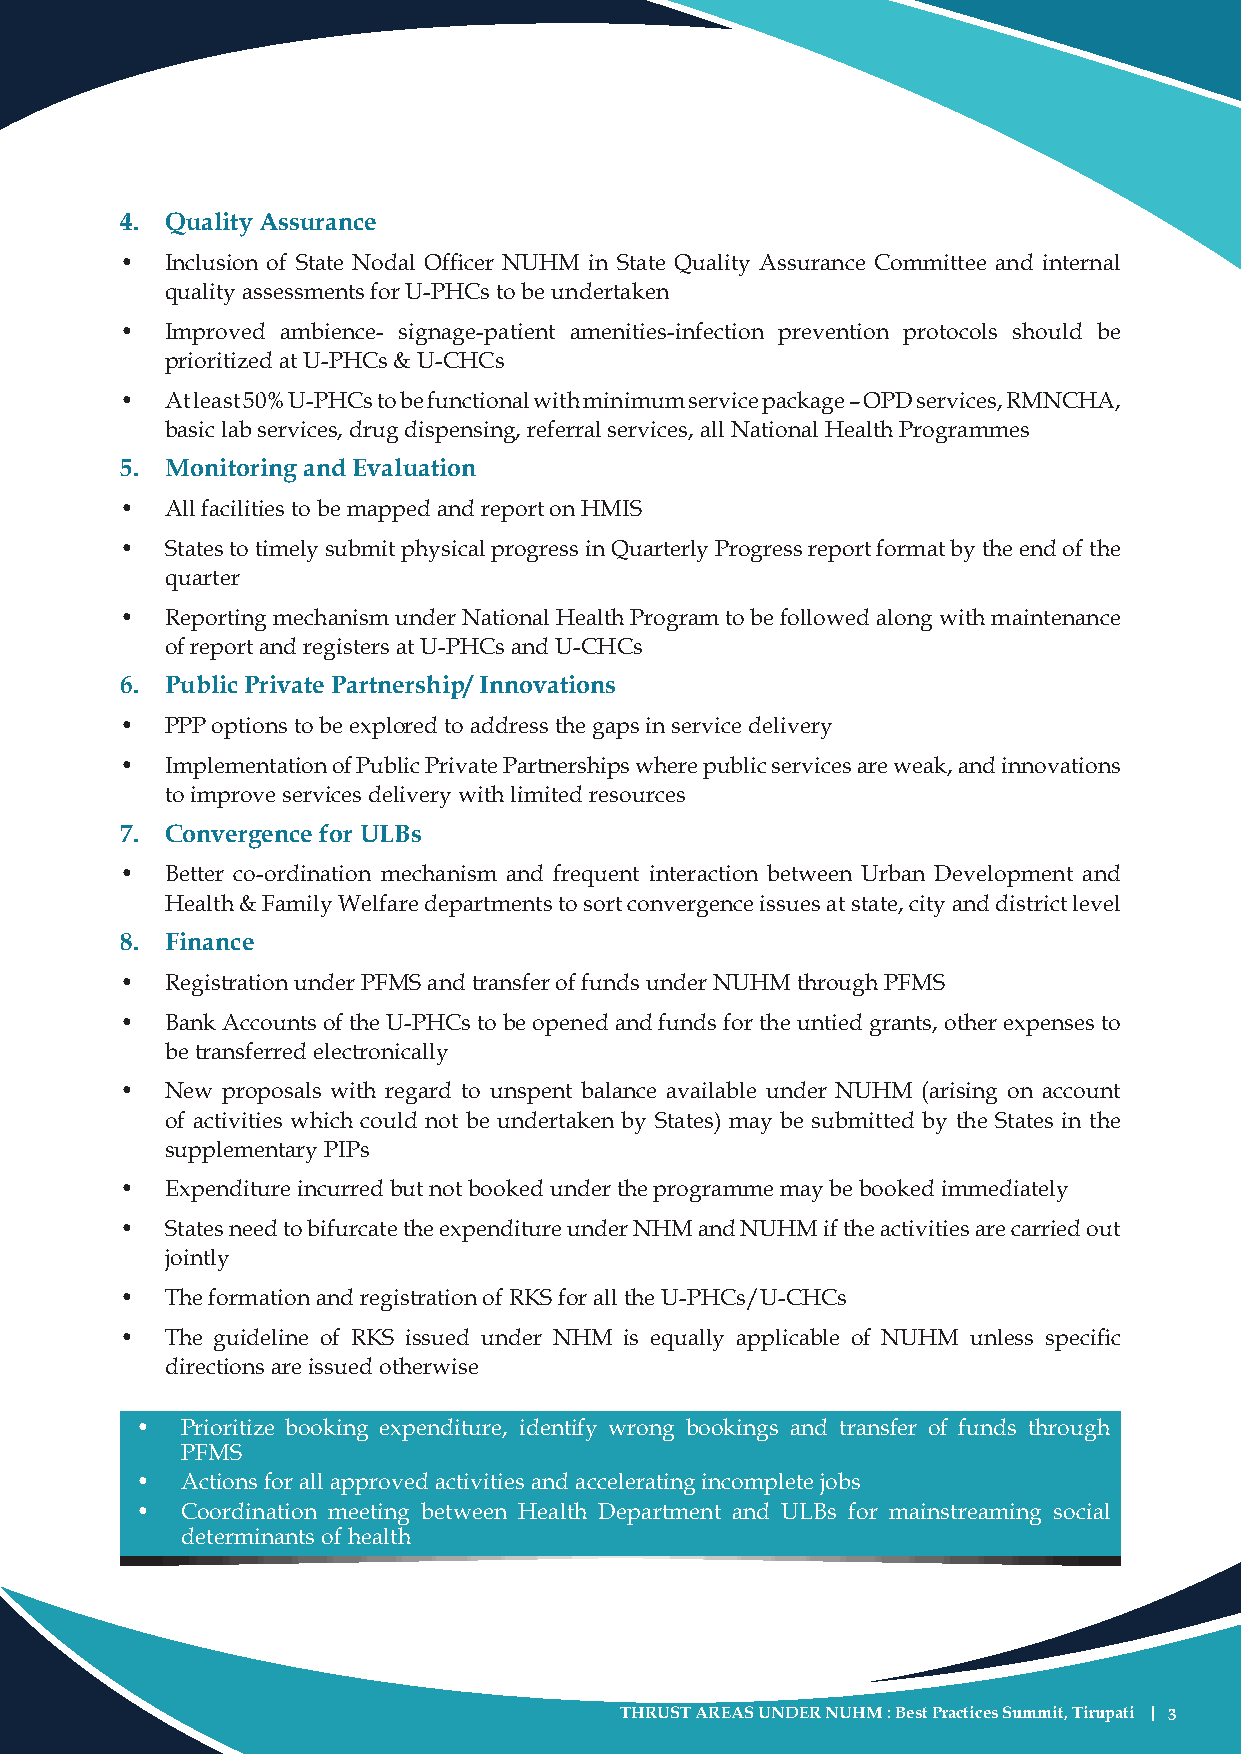
4. Quality Assurance
 •  Inclusion of State Nodal Officer NUHM in State Quality Assurance Committee and internal
 quality assessments for U-PHCs to be undertaken
 •  Improved ambience- signage-patient amenities-infection prevention protocols should be
 prioritized at U-PHCs & U-CHCs
 •  At least 50% U-PHCs to be functional with minimum service package – OPD services, RMNCHA,
 basic lab services, drug dispensing, referral services, all National Health Programmes
 5. Monitoring and Evaluation
 •  All facilities to be mapped and report on HMIS
 •  States to timely submit physical progress in Quarterly Progress report format by the end of the
 quarter
 •  Reporting mechanism under National Health Program to be followed along with maintenance
 of report and registers at U-PHCs and U-CHCs
 6. Public Private Partnership/ Innovations
 •  PPP options to be explored to address the gaps in service delivery
 •  Implementation of Public Private Partnerships where public services are weak, and innovations
 to improve services delivery with limited resources
 7. Convergence for ULBs
 •  Better co-ordination mechanism and frequent interaction between Urban Development and
 Health & Family Welfare departments to sort convergence issues at state, city and district level
 8. Finance
 •  Registration under PFMS and transfer of funds under NUHM through PFMS
 •  Bank Accounts of the U-PHCs to be opened and funds for the untied grants, other expenses to
 be transferred electronically
 •  New proposals with regard to unspent balance available under NUHM (arising on account
 of activities which could not be undertaken by States) may be submitted by the States in the
 supplementary PIPs
 •  Expenditure incurred but not booked under the programme may be booked immediately
 •  States need to bifurcate the expenditure under NHM and NUHM if the activities are carried out
 jointly
 •  The formation and registration of RKS for all the U-PHCs/U-CHCs
 •  The guideline of RKS issued under NHM is equally applicable of NUHM unless specific
 directions are issued otherwise
 •  Prioritize booking expenditure, identify wrong bookings and transfer of funds through
 PFMS
 •  Actions for all approved activities and accelerating incomplete jobs
 •  Coordination meeting between Health Department and ULBs for mainstreaming social
 determinants of health
 THRUST AREAS UNDER NUHM : Best Practices Summit, Tirupati | 3